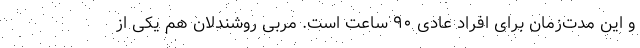
و این مدت‌زمان برای افراد عادی ۹۰ ساعت است. مربی روشندلان هم یکی از